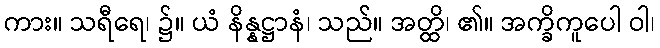
ကား။ သရီရေ၊ ၌။ ယံ နိန္နဋ္ဌာနံ၊ သည်။ အတ္ထိ၊ ၏။ အက္ခိကူပေါ ဝါ၊